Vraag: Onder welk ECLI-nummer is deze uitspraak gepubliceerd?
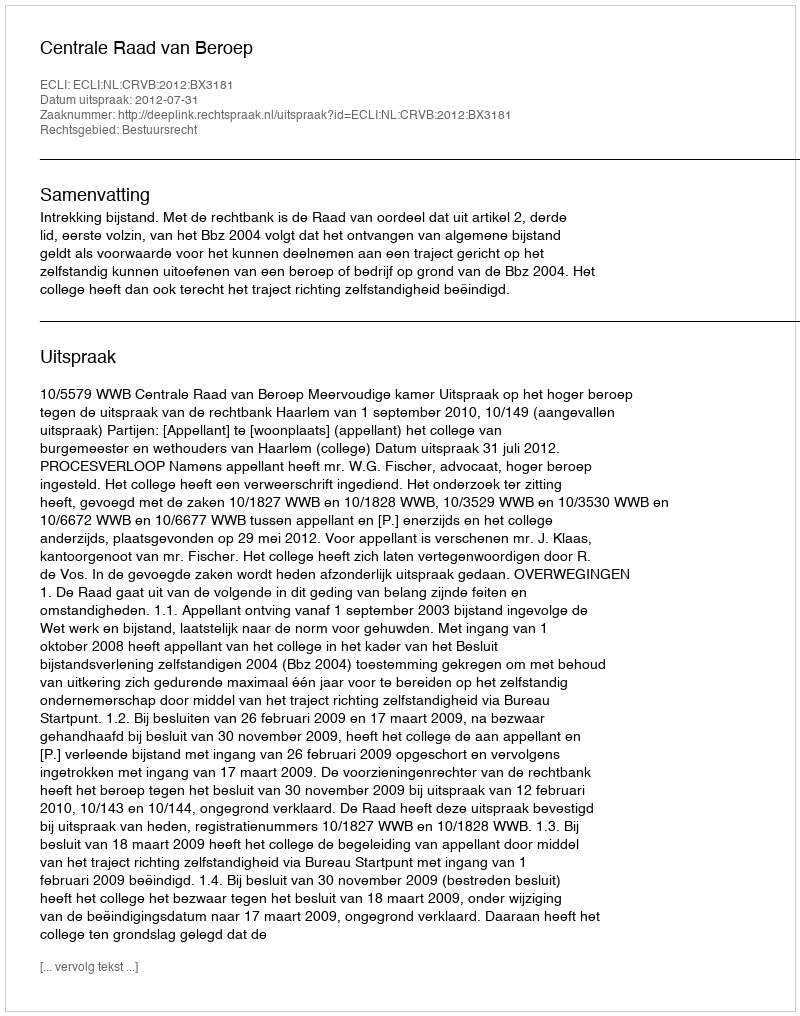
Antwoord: ECLI:NL:CRVB:2012:BX3181